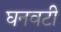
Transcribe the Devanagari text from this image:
घनवटी